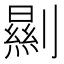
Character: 𠠁